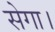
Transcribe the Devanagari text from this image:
सेगा।